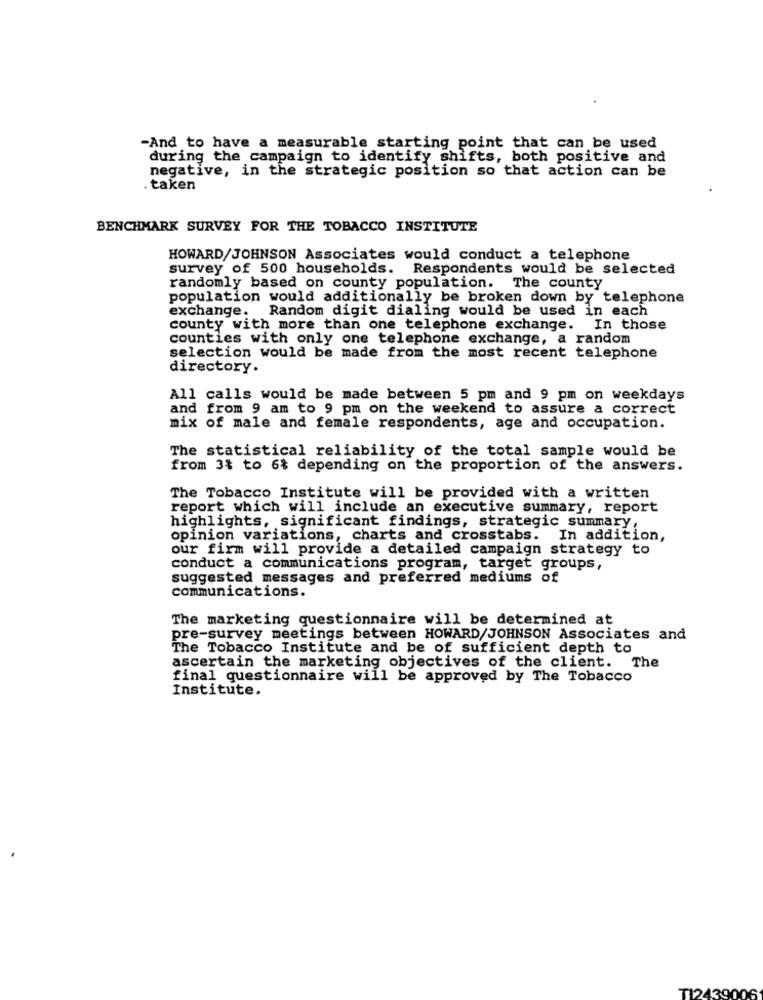
-And to have a measurable starting point that can be used
during the campaign to identify shifts, both positive and
negative, in the strategic position so that action can be
taken
BENCHMARK SURVEY FOR THE TOBACCO INSTITUTE
HOWARD/JOHNSON Associates would conduct a telephone
survey of 500 households. Respondents would be selected
randomly based on county population. The county
population would additionally be broken down by telephone
exchange. Random digit dialing would be used in each
county with more than one telephone exchange. In those
counties with only one telephone exchange, a random
selection would be made from the most recent telephone
directory.
All calls would be made between 5 pm and 9 pm on weekdays
and from 9 am to 9 pm on the weekend to assure a correct
mix of male and female respondents, age and occupation.
The statistical reliability of the total sample would be
from 3% to 6% depending on the proportion of the answers.
The Tobacco Institute will be provided with a written
report which will include an executive summary, report
highlights, significant findings, strategic summary,
opinion variations, charts and crosstabs. In addition,
our firm will provide a detailed campaign strategy to
conduct a communications program, target groups,
suggested messages and preferred mediums of
communications.
The marketing questionnaire will be determined at
pre-survey meetings between HOWARD/JOHNSON Associates and
The Tobacco Institute and be of sufficient depth to
ascertain the marketing objectives of the client. The
final questionnaire will be approved by The Tobacco
Institute.
TI2439006